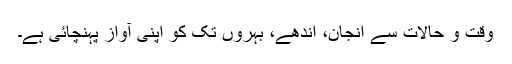
وقت و حالات سے انجان، اندھے، بہروں تک کو اپنی آواز پہنچائی ہے۔